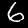
Digit: 6